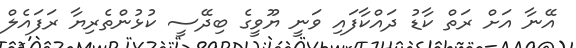
އޭނާ އަށް ރަތް ކާޑު ދައްކާފައި ވަނީ ޔޫވީގެ ބިދޭސީ ކުޅުންތެރިޔާ ރަފައެލް